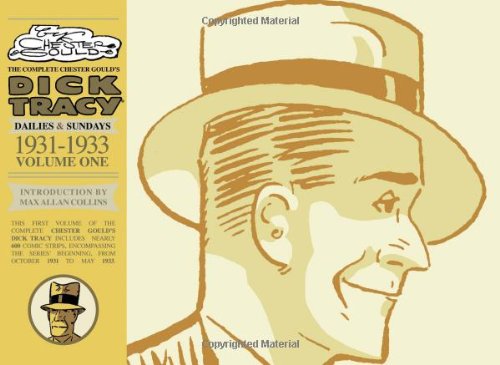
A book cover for Complete Chester Gould's Dick Tracy Volume 1; Chester Gould; Humor & Entertainment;